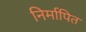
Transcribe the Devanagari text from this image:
निर्मापित